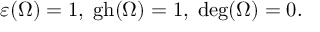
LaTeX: \varepsilon ( \Omega ) = 1 , \; \mathrm { g h } ( \Omega ) = 1 , \; \mathrm { d e g } ( \Omega ) = 0 .